Civil Veterinary Department. Central Provinces & Berar 1932-41 - 1932-1941
Year: 1932
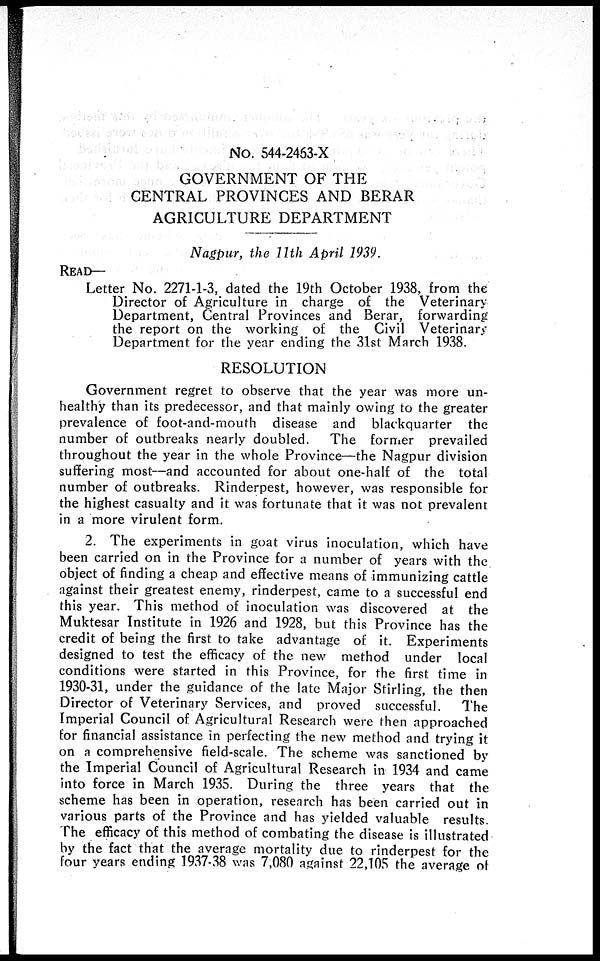
No. 544-2463-X
GOVERNMENT OF THE
CENTRAL PROVINCES AND BERAR
AGRICULTURE DEPARTMENT
Nagpur, the 11th April 1939.
READ—
Letter No. 2271-1-3, dated the 19th October 1938, from the
Director of Agriculture in charge of the Veterinary
Department, Central Provinces and Berar, forwarding
the report on the working of the Civil Veterinary
Department for the year ending the 31st March 1938.
RESOLUTION
Government regret to observe that the year was more un-
healthy than its predecessor, and that mainly owing to the greater
prevalence of foot-and-mouth disease and blackquarter the
number of outbreaks nearly doubled.
The former prevailed
throughout the year in the whole Province—the Nagpur division
suffering most—and accounted for about one-half of the total
number of outbreaks. Rinderpest, however, was responsible for
the highest casualty and it was fortunate that it was not prevalent
in a more virulent form.
2. The experiments in goat virus inoculation, which have
been carried on in the Province for a number of years with the
object of finding a cheap and effective means of immunizing cattle
against their greatest enemy, rinderpest, came to a successful end
this year. This method of inoculation was discovered at the
Muktesar Institute in 1926 and 1928, but this Province has the
credit of being the first to take advantage of it. Experiments
designed to test the efficacy of the new method under local
conditions were started in this Province, for the first time in
1930-31, under the guidance of the late Major Stirling, the then
Director of Veterinary Services, and proved successful.
The
Imperial Council of Agricultural Research were then approached
for financial assistance in perfecting the new method and trying it
on a comprehensive field-scale. The scheme was sanctioned by
the Imperial Council of Agricultural Research in 1934 and came
into force in March 1935. During the three years that the
scheme has been in operation, research has been carried out in
various parts of the Province and has yielded valuable results.
The efficacy of this method of combating the disease is illustrated
by the fact that the average mortality due to rinderpest for the
four years ending 1937-38 was 7,080 against 22,105 the average of